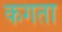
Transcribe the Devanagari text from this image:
कगता